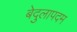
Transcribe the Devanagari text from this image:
बेदुलापदम